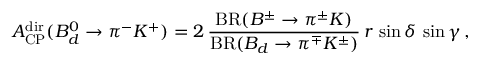
{ \cal A } _ { \mathrm { C P } } ^ { \mathrm { d i r } } ( B _ { d } ^ { 0 } \to \pi ^ { - } K ^ { + } ) = 2 \, \frac { \mathrm { B R } ( B ^ { \pm } \to \pi ^ { \pm } K ) } { \mathrm { B R } ( B _ { d } \to \pi ^ { \mp } K ^ { \pm } ) } \, r \, \sin \delta \, \sin \gamma \, ,